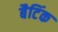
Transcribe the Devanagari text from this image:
बैटिंक